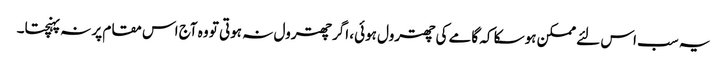
یہ سب اس لئے ممکن ہوسکا کہ گامے کی چھترول ہوئی، اگر چھترول نہ ہوتی تو وہ آج اس مقام پر نہ پہنچتا۔